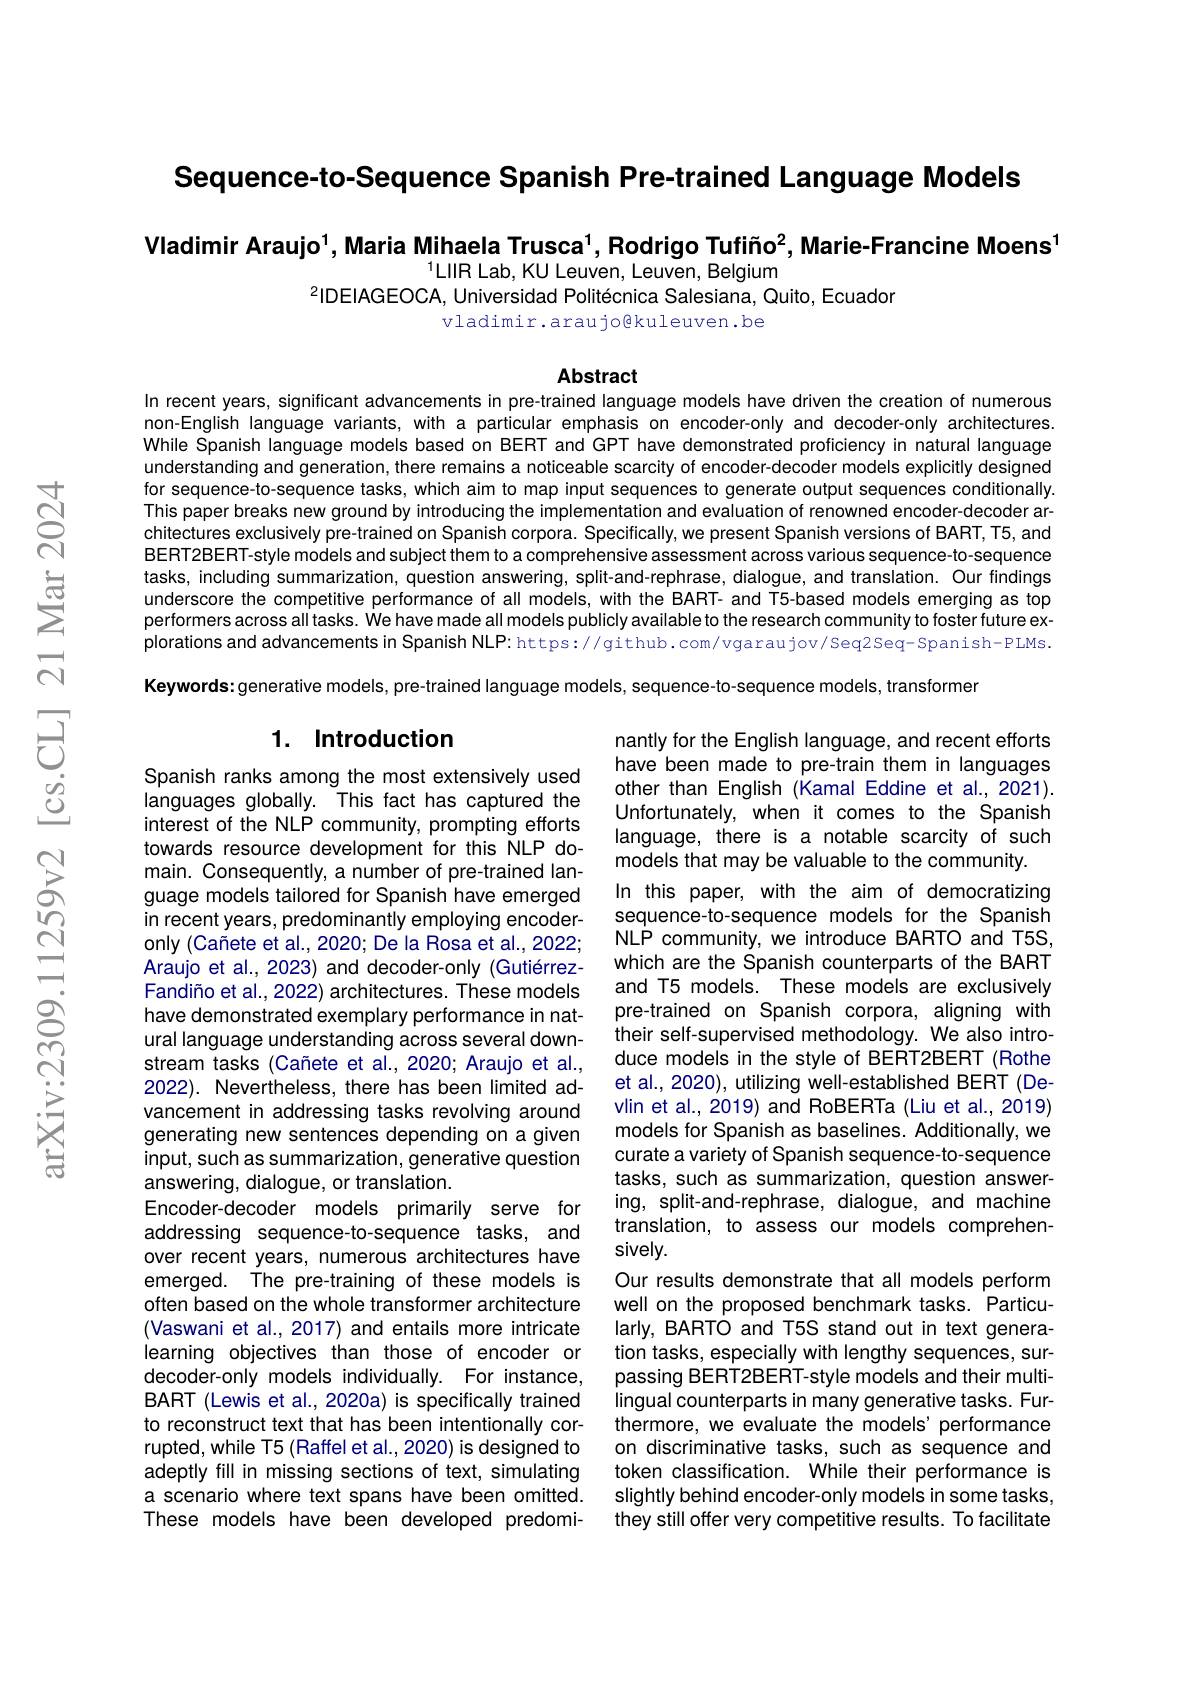
Sequence-to-Sequence Spanish Pre-trained Language Models

Vladimir Araujo$^1$,Maria Mihaela Trusca$^1$,Rodrigo Tufiño$^2$,Marie-Francine Moens$^1$

$^{1}$LIIR Lab, KU Leuven, Leuven, Belgium
$^{2}$IDEIAGEOCA, Universidad Politécnica Salesiana, Quito, Ecuador
vladimir.araujo@kuleuven.be

### Abstract

In recent years, significant advancements in pre-trained language models have driven the creation of numerous non-English language variants, with a particular emphasis on encoder-only and decoder-only architectures. While Spanish Ianguage modeis based on BERT and GPT have demonstrated proficiency in nátural language understanding and generation, there remains a noticeable scarcity of encoder-decoder models explicitly designed for sequence-to-sequence tasks, which aim to map input sequences to generate output sequences conditionally. This paper breaks new ground by introducing the implementation and evaluation of renowned encoder-decoder architectures exclusively pre-trained on Spanish corpora. Specifically, we present Spanish versions of BART, T5, and BERT2BERT-style models and subject them to a comprehensive assessment across various sequence-to-sequence tasks, including summarization, question answering, split-and-rephrase, dialogue, and translation. Our findings underscore the competitive performance of all models, with the BART- and T5-based models emerging as top performers across all tasks. We have made all models publicly available to the research community to foster future explorations and advancements in Spanish NLP: https://github. com/vgaraujov/Seq2Seq- Spanish-PLMs. Keywords: generative models, pre-trained language models, sequence-to-sequence models, transformer

## 1. Introduction

nantly for the English language, and recent efforts have been made to pre-train them in languages other than English (Kamal Eddine et al., 2021). Unfortunately, when it comes to the Spanish language, there is a notable scarcity of such models that may be valuable to the community.
In this paper, with the aim of democratizing sequence-to-sequence models for the Spanish NLP community, we introduce BARTO and T5S, which are the Spanish counterparts of the BART and T5 models. These models are exclusively pre-trained on Spanish corpora, aligning with their self-supervised methodology. We also introduce models in the style of BERT2BERT (Rothe et al., 2020), utilizing well-established BERT (Devlin et al., 2019) and RoBERTa (Liu et al., 2019) models for Spanish as baselines. Additionally, we curate a variety of Spanish sequence-to-sequence tasks, such as summarization, question answering, split-and-rephrase, dialogue, and machine translation, to assess our models comprehensively.
Our results demonstrate that all models perform well on the proposed benchmark tasks. Particularly, BARTO and T5S stand out in text generation tasks, especially with lengthy sequences, surpassing BERT2BERT-style models and their multilingual counterparts in many generative tasks. Furthermore, we evaluate the models' performance on discriminative tasks, such as sequence and token classification. While their performance is slightly behind encoder-only models in some tasks, they still offer very competitive results. To facilitate

Spanish ranks among the most extensively used languages globally. This fact has captured the interest of the NLP community, prompting efforts towards resource development for this NLP domain. Consequently, a number of pre-trained language models tailored for Spanish have emerged in recent years, predominantly employing encoderonly (Cañete et al., 2020; De la Rosa et al., 2022; Araujo et al., 2023) and decoder-only (GutiérrezFandiño et al., 2022) architectures. These models have demonstrated exemplary performance in natural language understanding across several downstream tasks (Cañete et al.,2020; Araujo et al., 2022). Nevertheless, there has been limited advancement in addressing tasks revolving around generating new sentences depending on a given input, such as summarization, generative question answering, dialogue, or translation.
Encoder-decoder models primarily serve for addressing sequence-to-sequence tasks, and over recent years, numerous architectures have emerged. The pre-training of these models is often based on the whole transformer architecture (Vaswani et al., 2017) and entails more intricate learning objectives than those of encoder or decoder-only models individually. For instance BART (Lewis et al., 2020a) is specifically trained to reconstruct text that has been intentionally corrupted, while T5 (Raffel et al., 2020) is designed to adeptly fill in missing sections of text, simulating a scenario where text spans have been omitted. These models have been developed predomi-